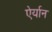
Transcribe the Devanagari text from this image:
ऐर्यान